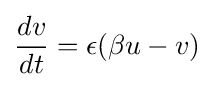
{{dv} \over {dt}}=\epsilon (\beta u-v)